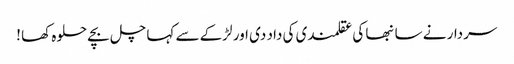
سردار نے سانبھا کی عقلمندی کی داد دی اور لڑکے سے کہا چل بچے حلوہ کھا !